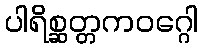
ပါရိစ္ဆတ္တကဝဂ္ဂေါ